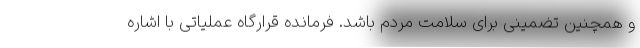
و همچنین تضمینی برای سلامت مردم باشد. فرمانده قرارگاه عملیاتی با اشاره